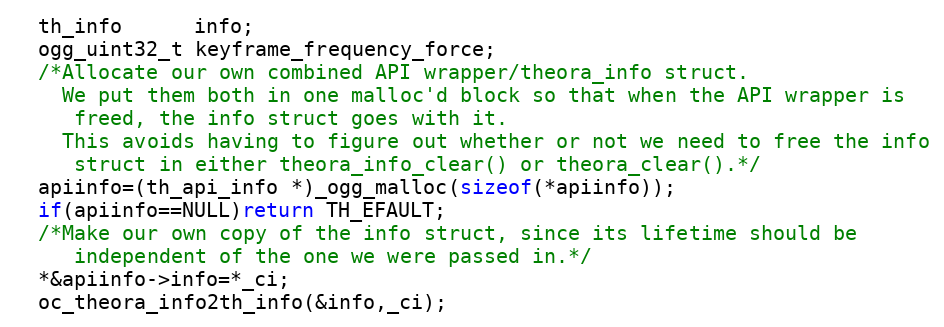
Language: C
  th_info      info;
  ogg_uint32_t keyframe_frequency_force;
  /*Allocate our own combined API wrapper/theora_info struct.
    We put them both in one malloc'd block so that when the API wrapper is
     freed, the info struct goes with it.
    This avoids having to figure out whether or not we need to free the info
     struct in either theora_info_clear() or theora_clear().*/
  apiinfo=(th_api_info *)_ogg_malloc(sizeof(*apiinfo));
  if(apiinfo==NULL)return TH_EFAULT;
  /*Make our own copy of the info struct, since its lifetime should be
     independent of the one we were passed in.*/
  *&apiinfo->info=*_ci;
  oc_theora_info2th_info(&info,_ci);